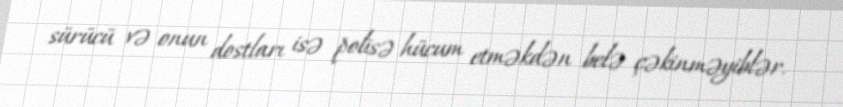
sürücü və onun dostları isə polisə hücum etməkdən belə çəkinməyiblər.